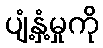
ပျံ့နှံ့မှုကို